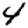
Digit: 4